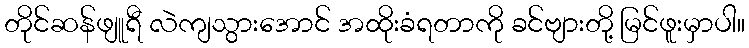
တိုင်ဆန်ဖျူရီ လဲကျသွားအောင် အထိုးခံရတာကို ခင်ဗျားတို့ မြင်ဖူးမှာပါ။